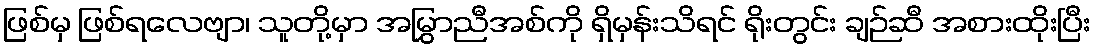
ဖြစ်မှ ဖြစ်ရလေဗျာ၊ သူတို့မှာ အမြွှာညီအစ်ကို ရှိမှန်းသိရင် ရိုးတွင်း ချဉ်ဆီ အစားထိုးပြီး